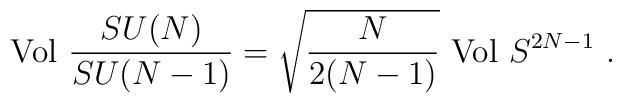
{\rm Vol} \ \frac{SU (N)}{SU (N - 1)}= \sqrt{\frac{N}{2(N - 1)}}\ {\rm Vol}\ S^{2N - 1} \ .